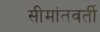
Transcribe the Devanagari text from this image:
सीमांतवर्ती